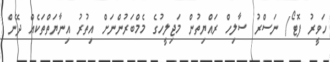
ހަވީރު ފޮޓޯ/ ނަސްރު ސާލިހް ރައްޔިތުން މަޖިލީހުގެ މެމްބަރުންނަށް އިތުރު އިނާޔަތްތަކެއް ދޭން